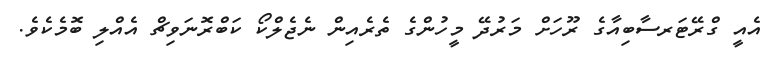
އެއީ ގްރޭޓަރސާބިއާގެ ރޫހަށް މަރުދޭ މީހުންގެ ތެރެއިން ނެޖެލްކޯ ކަބްރޮނަވިޗް އެއްލި ބޮމެކެވެ.